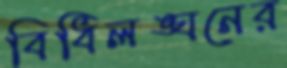
বিধিলঙ্ঘনের